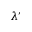
\lambda ^ { \prime }